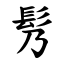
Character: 䯮